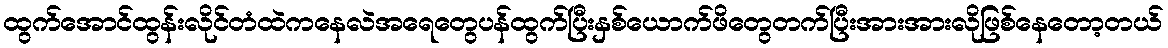
ထွက်အောင်ထွန်းလိုင်တံထဲကနေလဲအရေတွေပန်ထွက်ပြီးနှစ်ယောက်ဖိတွေတက်ပြီးအားအားလိုဖြစ်နေတော့တယ်